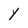
Character: y